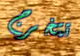
تتخرج